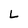
Character: L